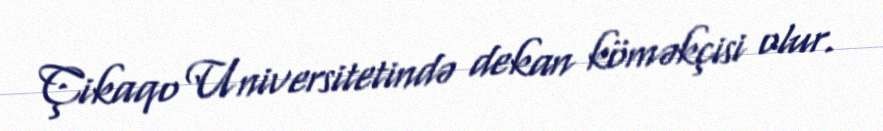
Çikaqo Universitetində dekan köməkçisi olur.